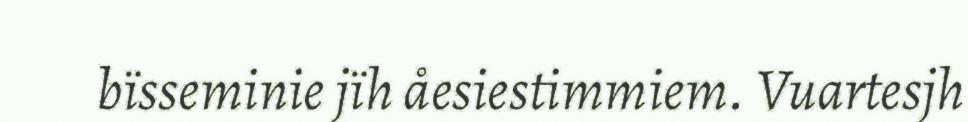
bïsseminie jïh åesiestimmiem. Vuartesjh